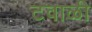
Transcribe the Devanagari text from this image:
टवाळी